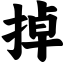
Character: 掉